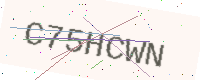
Text: C75HCWN